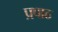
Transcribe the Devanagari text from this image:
प्रपाठ